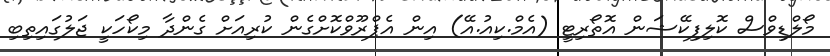
މޯލްޑިވްސް ކޮލިފިކޭޝަން އޮތޯރިޓީ (އެމް.ކިއު.އޭ) އިން އެޕްރޫވްކޮށްގެން ކުރިއަށް ގެންދާ މިކޯހަކީ ޖަލުގައިތިބި